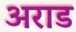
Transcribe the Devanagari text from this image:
अराड